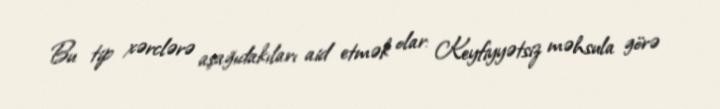
Bu tip xərclərə aşağıdakıları aid etmək olar: Keyfiyyətsiz məhsula görə